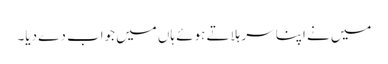
میں نے اپنا سر ہلاتے ہوئے ہاں میں جواب دے دیا۔